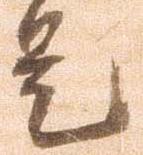
是